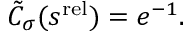
\begin{array} { r } { \tilde { C } _ { \sigma } ( s ^ { \mathrm { r e l } } ) = e ^ { - 1 } . } \end{array}